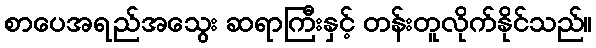
စာပေအရည်အသွေး ဆရာကြီးနှင့် တန်းတူလိုက်နိုင်သည်။